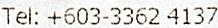
TEL: +603-3362 4137